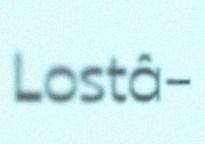
Lostâ-